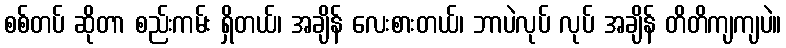
စစ်တပ် ဆိုတာ စည်းကမ်း ရှိတယ်၊ အချိန် လေးစားတယ်၊ ဘာပဲလုပ် လုပ် အချိန် တိတိကျကျပဲ။